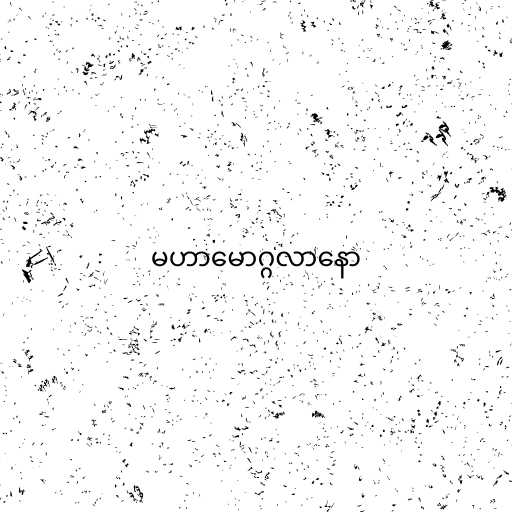
မဟာမောဂ္ဂလာနော